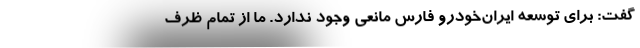
گفت: برای توسعه ایران‌خودرو فارس مانعی وجود ندارد. ما از تمام ظرف